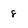
Character: 8